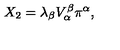
X _ { 2 } = \lambda _ { \beta } V _ { \alpha } ^ { \beta } \pi ^ { \alpha } ,